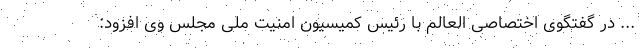
... در گفتگوی اختصاصی العالم با رئیس کمیسیون امنیت ملی مجلس وی افزود: